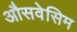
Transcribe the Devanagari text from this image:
औसवेसिम